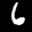
Label: 6